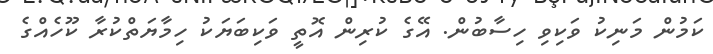
ކަމުން މަނިކު ވަކިވި ހިސާބުން. އޭގެ ކުރިން އޮތީ ވަކިބަޔަކު ހިމާޔަތްކުރާ ކޫހެއްގެ